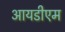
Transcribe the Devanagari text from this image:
आयडीएम